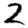
Digit: 2